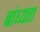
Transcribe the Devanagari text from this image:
बांध्यता